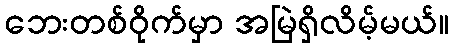
ဘေးတစ်ဝိုက်မှာ အမြဲရှိလိမ့်မယ်။